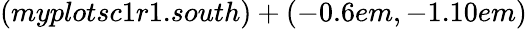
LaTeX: (myplotsc1r1.south)+(-0.6em,-1.10em)